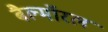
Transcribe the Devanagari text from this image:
बैल्मॉरल